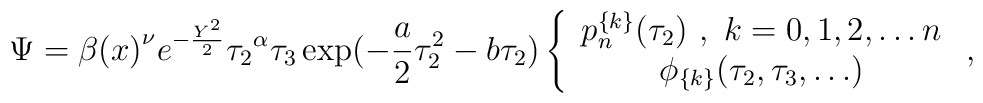
\Psi={\beta(x)}^{\nu} e^{-\frac{Y^2}{2}}{\tau_2}^{\alpha} \tau_3\exp(-\frac{a}{2}\tau_2^2-b\tau_2)\left\{\begin{array}{c}p_n^{\{k\}} (\tau_2)\ ,\ k=0,1,2,\ldots n\\\phi_{\{k\}} (\tau_2,\tau_3,\ldots)\end{array}\ ,\right.